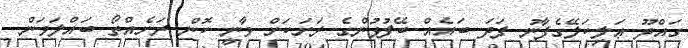
ގައްދޫ ޢަލިކަލޭގެފާނު ފަދަ ބައެއް ބޭފުޅުންގެ ރަށަކަށް ވާނީ ކޮން ރަށެއްތޯ ބައްލަވަން